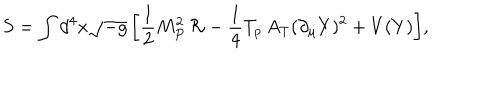
LaTeX: S = \int { d ^ { 4 } x \sqrt { - g } \left[ \frac { 1 } { 2 } M _ { P } ^ { 2 } \, \mathcal { R } - \frac { 1 } { 4 } T _ { p } \, A _ { T } ( \partial _ { \mu } Y ) ^ { 2 } + V ( Y ) \right] } ,